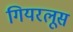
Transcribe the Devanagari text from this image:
गियरलूस